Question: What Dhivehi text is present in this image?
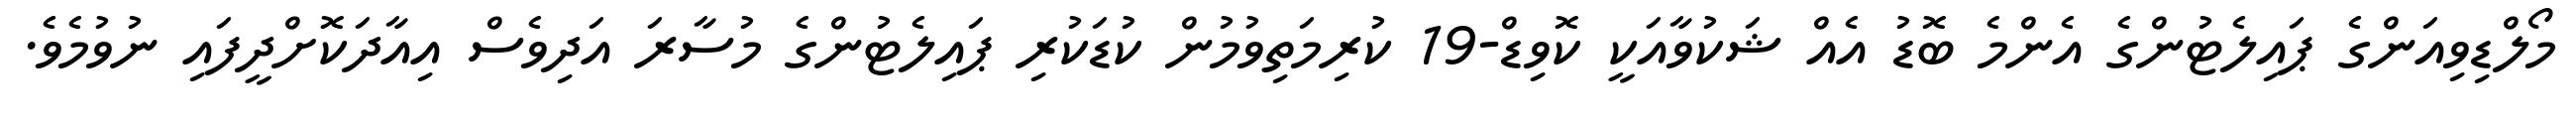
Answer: މޯލްޑިވިއަންގެ ޕައިލެޓުންގެ އެންމެ ބޮޑު އެއް ޝަކުވާއަކީ ކޮވިޑް-19 ކުރިމަތިވުމުން ކުޑަކުރި ޕައިލެޓުންގެ މުސާރަ އަދިވެސް އިއާދަކޮށްދީފައި ނުވުމެވެ.